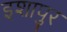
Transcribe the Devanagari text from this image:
इशापुर